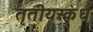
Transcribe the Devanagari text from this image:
तृतीयस्कंध